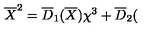
\overline { { X } } ^ { 2 } = \overline { { D } } _ { 1 } ( \overline { { X } } ) \chi ^ { 3 } + \overline { { D } } _ { 2 } (